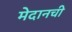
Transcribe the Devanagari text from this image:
मेदानची